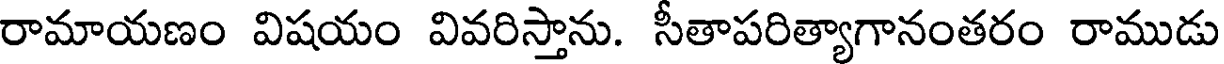
రామాయణం విషయం వివరిస్తాను. సీతాపరిత్యాగానంతరం రాముడు